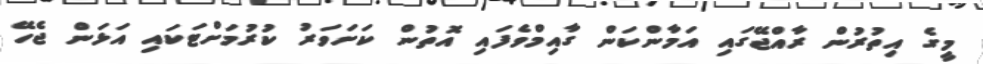
މީގެ އިތުރުން ރާއްޖޭގައި އަމާންކަން ގާއިމްވެފައި އޮތުން ކަށަވަރު ކުރުމަށްޓަކައި އަޅަން ޖެހޭ